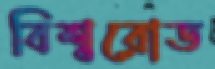
বিশ্বরোড